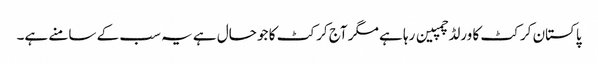
پاکستان کرکٹ کا ورلڈ چمپین رہا ہے مگر آج کرکٹ کا جو حال ہے یہ سب کے سامنے ہے۔